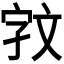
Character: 𫿰